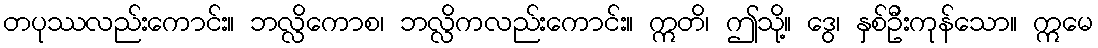
တပုဿလည်းကောင်း။ ဘလ္လိကောစ၊ ဘလ္လိကလည်းကောင်း။ ဣတိ၊ ဤသို့။ ဒွေ၊ နှစ်ဦးကုန်သော။ ဣမေ